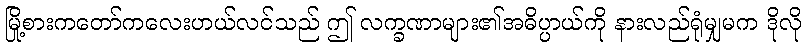
မြို့စားကတော်ကလေးဟယ်လင်သည် ဤ လက္ခဏာများ၏အဓိပ္ပာယ်ကို နားလည်ရုံမျှမက ဒိုလို